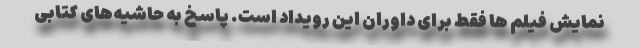
نمایش فیلم ها فقط برای داوران این رویداد است. پاسخ به حاشیه‌‌های کتابی